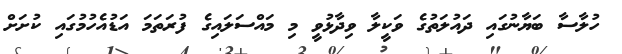
ހުލާސާ ބަޔާނުގައި ދައުލަތުގެ ވަކީލާ ވިދާޅުވީ މި މައްސަލައިގެ ފުރަތަމަ އަޑުއެހުމުގައި ކުށަށް